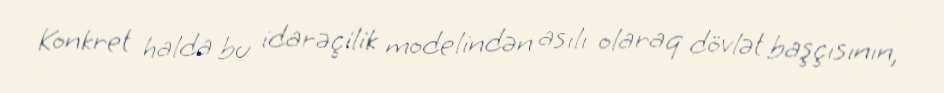
Konkret halda bu idarəçilik modelindən asılı olaraq dövlət başçısının,